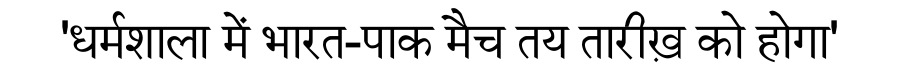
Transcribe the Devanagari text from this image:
'धर्मशाला में भारत-पाक मैच तय तारीख़ को होगा'